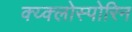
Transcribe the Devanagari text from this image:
क्य्क्लोस्पोरिन